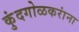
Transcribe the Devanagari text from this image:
कुंदगोळकरांना